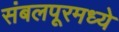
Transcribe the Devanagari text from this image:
संबलपूरमध्ये